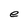
Character: e